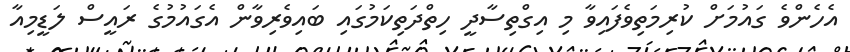
އެހެންވެ ގައުމަށް ކުރިމަތިވެފައިވާ މި އިގްތިސާދީ ހިތްދަތިކަމުގައި ބައިވެރިވާން އެގައުމުގެ ރައީސް ލަޑީމިއާ